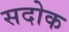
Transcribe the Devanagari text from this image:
सदोक